Annual report of the Punjab Veterinary College and of the Civil Veterinary Department, Punjab - 1920-1925
Year: 1920
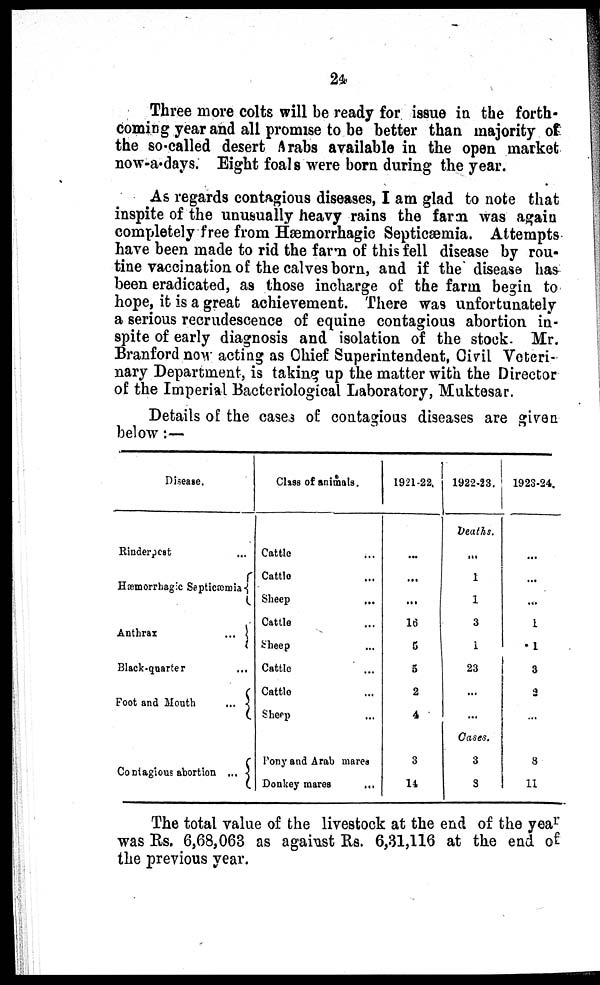
24
Three more colts will be ready for issue in the forth-
coming year and all promise to be better than majority of
the so called desert Arabs available in the open market
now-a-days. Eight foals were born during the year.
As regards contagious diseases, I am glad to note that
inspite of the unusually heavy rains the farm was again
completely free from Hæmorrhagic Septicæmia. Attempts
have been made to rid the farm of this fell disease by rou-
tine vaccination of the calves born, and if the disease has
been eradicated, as those incharge of the farm begin to
hope, it is a great achievement. There was unfortunately
a serious recrudescence of equine contagious abortion in-
spite of early diagnosis and isolation of the stock. Mr.
Branford now acting as Chief Superintendent, Civil Veteri-
nary Department, is taking up the matter with the Director
of the Imperial Bacteriological Laboratory, Muktesar.
Details of the cases of contagious diseases are given
below:—
Disease.
Rinderpest ...
Hæmorrhagic Septicæmia
Anthrax ...
Black-quarter ...
Foot and Mouth ...
Coptagious abortion ...
Class of animals.
Cattle ...
Cattle ...
Sheep ...
Cattle ...
Sheep ...
Cattle ...
Cattle ...
Sheep ...
Pony and Arab mares
Donkey mares ...
1921-22.
...
...
...
16
5
5
2
4
3
14
1922-23.
Deaths.
...
1
1
3
1
23
...
...
Cases.
3
3
1923-24.
...
...
...
i
1
3
2
...
8
11
The total value of the livestock at the end of the year
was Rs. 6,68,063 as against Rs. 6,31,116 at the end of
the previous year.